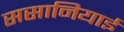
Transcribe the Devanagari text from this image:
ससानियाई